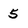
Character: 5